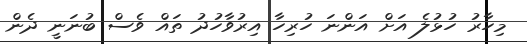
މިހާރު ހުޅުލެ އަށް އަންނަ ހުރިހާ އިރުވާހުދު ތައް ވެސް ބުނަނީ ދެން